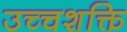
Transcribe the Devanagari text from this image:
उच्‍चशक्ति